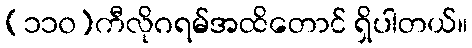
(၁၁၀)ကီလိုဂရမ်အထိတောင် ရှိပါတယ်။